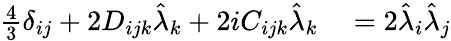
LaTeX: \begin{array}{rl}{\frac{4}{3}\delta_{ij}+2D_{ijk}\hat{\lambda}_{k}+2iC_{ijk}\hat{\lambda}_{k}}&{{}=2\hat{\lambda}_{i}\hat{\lambda}_{j}}\end{array}